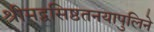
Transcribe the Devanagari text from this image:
श्रीमद्वसिष्ठतनयापुलिने